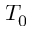
T _ { 0 }